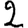
Digit: 2